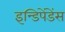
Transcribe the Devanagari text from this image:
इन्डिपेंडेंस